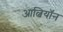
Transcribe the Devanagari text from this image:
आल्बियॉन